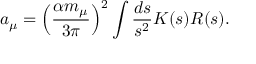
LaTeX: a _ { \mu } = \Big ( \frac { \alpha m _ { \mu } } { 3 \pi } \Big ) ^ { 2 } \int \frac { d s } { s ^ { 2 } } K ( s ) R ( s ) .